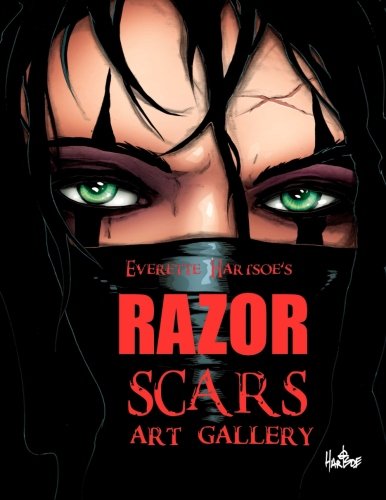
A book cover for Everette Hartsoe's RAZOR:SCARS ART GALLERY; Mr. Everette Hartsoe; Comics & Graphic Novels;